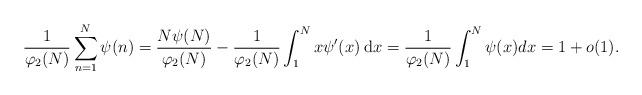
LaTeX: \begin{align*}\frac{1}{\varphi_2(N)}\sum_{n=1}^N\psi(n)=\frac{N\psi(N)}{\varphi_2(N)} - \frac{1}{\varphi_2(N)}\int_1^Nx\psi'(x) {\: \rm d}x=\frac{1}{\varphi_2(N)}\int_1^N\psi(x)dx=1 + o(1).\end{align*}